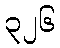
၃၂၆